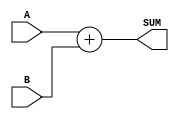
// This program was cloned from: https://github.com/nxbyte/Verilog-Projects
// License: MIT License

`timescale 1ns / 1ps

/*
    Group Members: Nikita Eisenhauer and Warren Seto
    Lab Name: Adder Design
    Design Description: Verilog Module to implement a behavioral 64-bit adder
*/

module behavioral_full_adder_64
(
  input [63:0] A,
  input [63:0] B,
  output [64:0] SUM
);

  assign SUM = (A + B);
endmodule